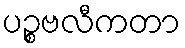
ပဉ္စဗလီကတာ